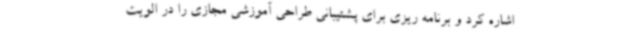
اشاره کرد و برنامه ریزی برای پشتیبانی طراحی آموزشی مجازی را در الویت